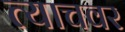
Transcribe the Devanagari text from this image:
त्याचवर